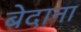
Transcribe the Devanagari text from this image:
बेदाना